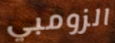
الزومبي